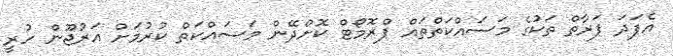
އެފަދަ ފަރާތް ތަކުގެ މަސައްކަތްތައް ޕްރޮމޯޓް ކޮށްދޭން މަސައްކަތް ކުރުމަށް އަރުޖޫން ހުރީ